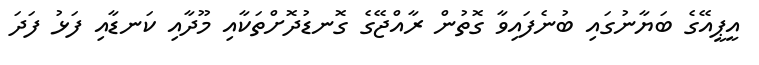
އީޕީއޭގެ ބަޔާނުގައި ބުނެފައިވާ ގޮތުން ރާއްޖޭގެ ގޮނޑުދޮށްތަކާއި މޫދާއި ކަނޑާއި ފަޅު ފަދަ